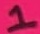
Text: 1